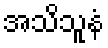
အသိသူနံ